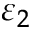
\varepsilon _ { 2 }